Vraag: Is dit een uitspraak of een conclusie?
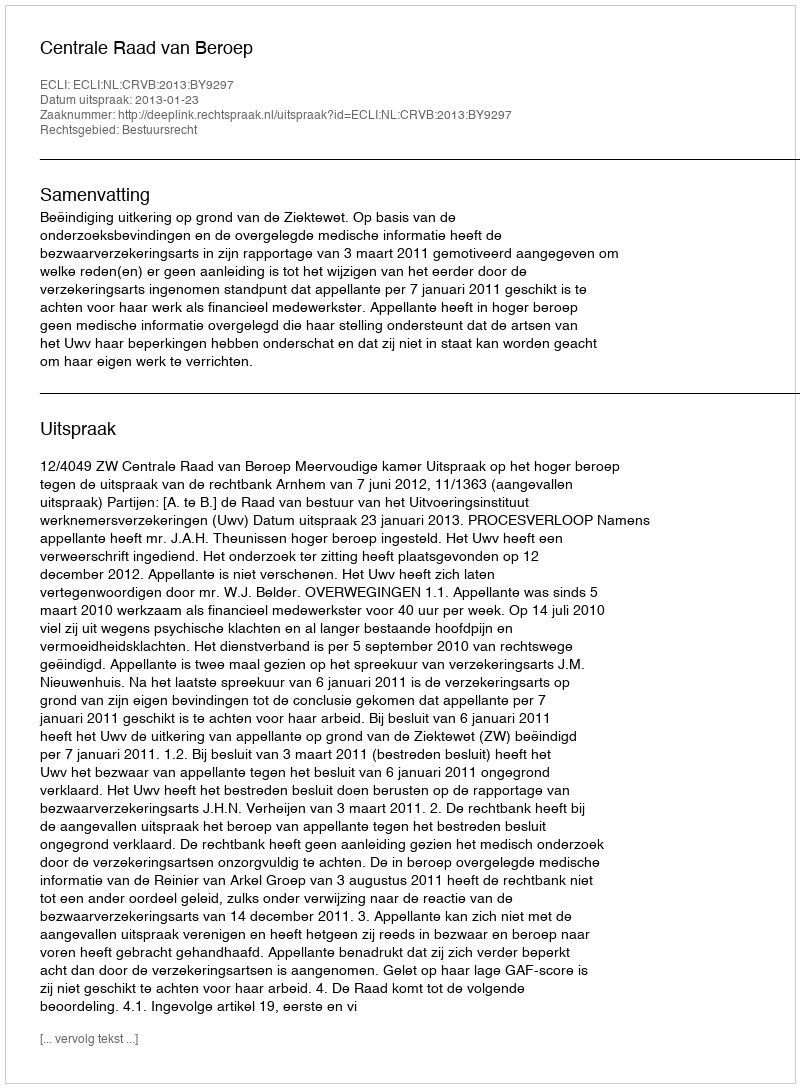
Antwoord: Uitspraak